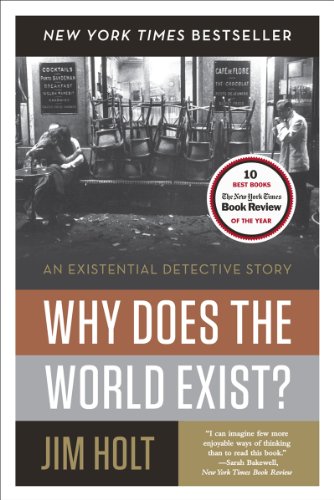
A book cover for Why Does the World Exist?: An Existential Detective Story; Jim Holt; Science & Math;